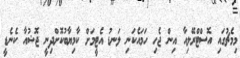
މިމެޗުގައި އޮސްޓްރޭލިއާ އިން ޖެހި ހަމައެކަނި ލަނޑު އެޓީމަށް ކާމިޔާބުކޮށްދިނީ ޖޮޝުއާ ކެނެޑީ